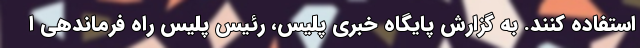
استفاده کنند. به گزارش پایگاه خبری پلیس، رئیس پلیس راه فرماندهی ا